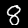
Digit: 8